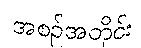
အစဉ်အတိုင်း